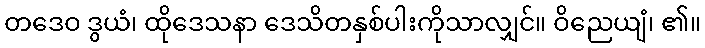
တဒေဝ ဒွယံ၊ ထိုဒေသနာ ဒေသိတနှစ်ပါးကိုသာလျှင်။ ဝိညေယျံ၊ ၏။